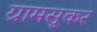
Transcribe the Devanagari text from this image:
ग्रामसूकर